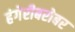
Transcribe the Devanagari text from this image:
हंगेरीबरोबर